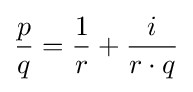
{\frac {p}{q}}={\frac {1}{r}}+{\frac {i}{r\cdot q}}